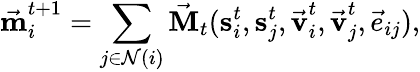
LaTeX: \vec{\textbf{m}}_{i}^{t+1}=\sum_{j\in\mathcal{N}(i)}\vec{\textbf{M}}_{t}(\textbf{s}_{i}^{t},\textbf{s}_{j}^{t},\vec{\textbf{v}}_{i}^{t},\vec{\textbf{v}}_{j}^{t},\vec{e}_{ij}),